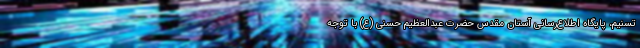
تسنیم، پایگاه اطلاع‌رسانی آستان مقدس حضرت عبدالعظیم حسنی (ع) با توجه